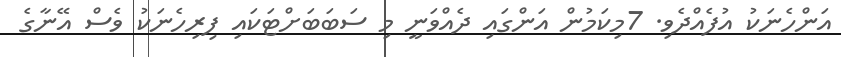
އަންހެނަކު އުފެއްދެވި. 7މިކަމުން އަންގައި ދެއްވަނީ މި ސަބަބަށްޓަކައި ފިރިހެނަކު ވެސް އޭނާގެ